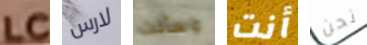
LC لارس وسألت أنت نحن